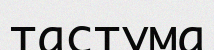
тастума